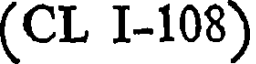
(CL I-108)